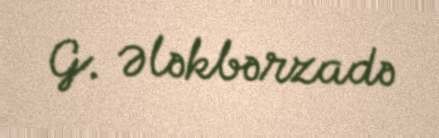
G. Ələkbərzadə